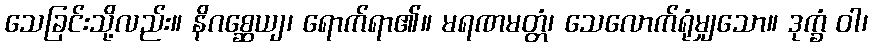
သေခြင်းသို့လည်း။ နိဂစ္ဆေယျ၊ ရောက်ရာ၏။ မရဏမတ္တံ၊ သေလောက်ရုံမျှသော။ ဒုက္ခံ ဝါ၊